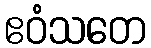
ဧဝံသတေ